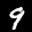
Label: 9